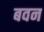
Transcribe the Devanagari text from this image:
बवन